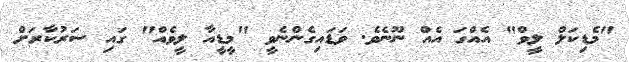
"މެޑިކަލް ލީވް" އެއްގަ އެއް ނޫނެވެ. ވަޑައިގެންނެވީ "މީޑީއާ ލީވެއް" ގައި ސަރުކާރަށް